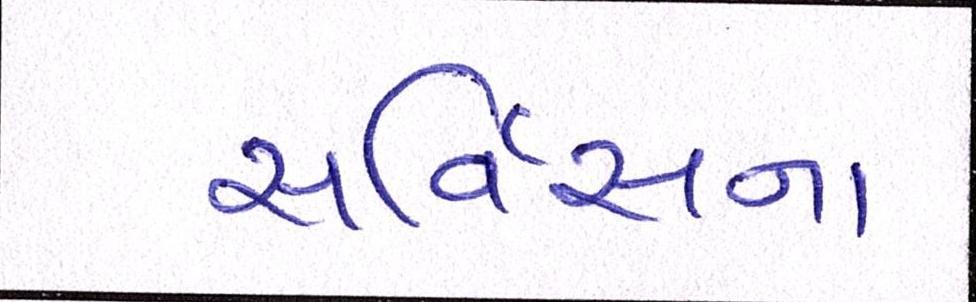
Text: સર્વિસના